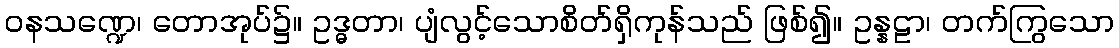
ဝနသဏ္ဍေ၊ တောအုပ်၌။ ဥဒ္ဓတာ၊ ပျံလွင့်သောစိတ်ရှိကုန်သည် ဖြစ်၍။ ဥန္နဠာ၊ တက်ကြွသော